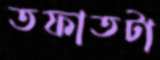
তফাতটা